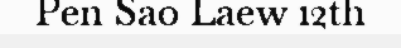
Pen Sao Laew 12th